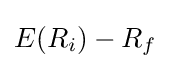
E(R_{i})-R_{f}~